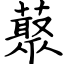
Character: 藂